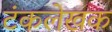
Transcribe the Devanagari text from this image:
टंकलेखक